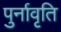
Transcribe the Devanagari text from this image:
पुर्नावृति